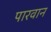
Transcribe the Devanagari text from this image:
पारवान